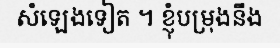
សំឡេងទៀត ។ ខ្ញុំបម្រុងនឹង